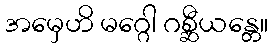
အမှေဟိ မဂ္ဂေါ ဂစ္ဆီယန္တေ။